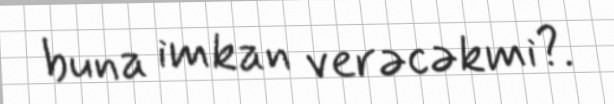
buna imkan verəcəkmi?.